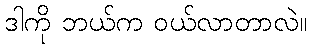
ဒါကို ဘယ်က ဝယ်လာတာလဲ။